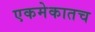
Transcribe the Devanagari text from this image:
एकमेकातच